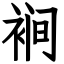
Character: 裥